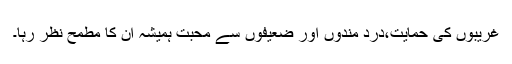
غریبوں کی حمایت،درد مندوں اور ضعیفوں سے محبت ہمیشہ ان کا مطمح نظر رہا۔